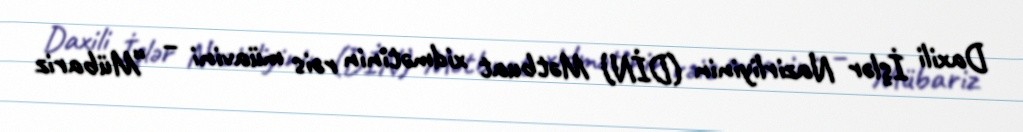
Daxili İşlər Nazirliyinin (DİN) Mətbuat xidmətinin rəis müavini – “Mübariz